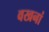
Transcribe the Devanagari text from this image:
वखनां